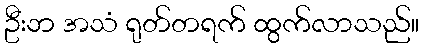
ဦးဘ အသံ ရုတ်တရက် ထွက်လာသည်။